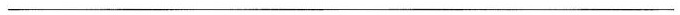
___